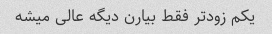
یکم زودتر فقط بیارن دیگه عالی میشه